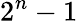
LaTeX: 2^{n}-1